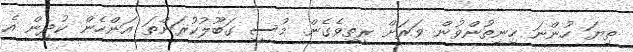
ތިޔަ ހުންނަ ހިނިތުންވުން ވަރަށް ރީތިވެގެން. މުސީ ގަބޫލުކުރަންތަ އަންހެން ކުދިން އެ